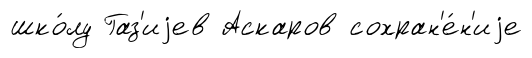
шко́лу Газ'иjев Аскаров сохран'е́н'иjе